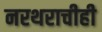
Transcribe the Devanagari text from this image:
नरथराचीही